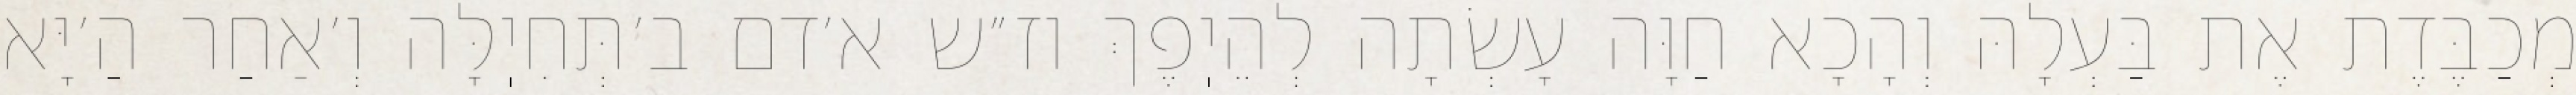
מְכַבֶּדֶת אֶת בַּעְלָהּ וְהָכָא חַוָּה עָשְׂתָה לְהֵיֽפֶךְ וז״ש א׳דם ב׳תְּחִיֽלָּה וְ׳אַחַר הַ׳יָּא